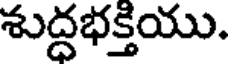
శుద్ధభక్తియు.